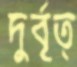
দুর্বৃত্